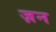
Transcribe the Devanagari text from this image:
ज़न